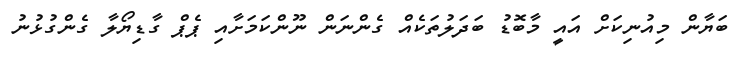
ބަޔާން މިއުނިކަށް އައީ މާބޮޑު ބަދަލުތަކެއް ގެންނަން ނޫންކަމަށާއި ޕެޕް ގާޑިޔޯލާ ގެންގުޅުނު